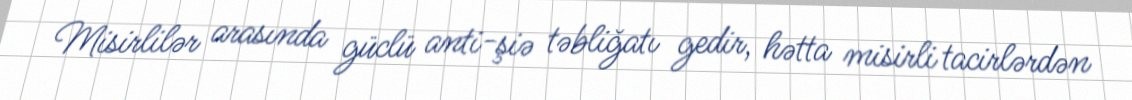
Misirlilər arasında güclü anti-şiə təbliğatı gedir, hətta misirli tacirlərdən